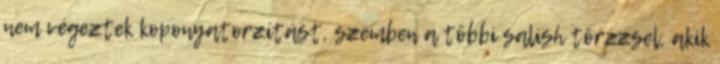
nem végeztek koponyatorzítást, szemben a többi salish törzzsel, akik